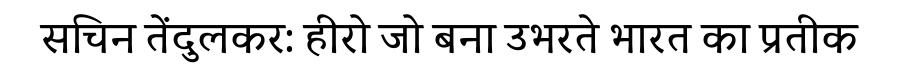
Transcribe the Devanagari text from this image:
सचिन तेंदुलकर: हीरो जो बना उभरते भारत का प्रतीक